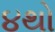
૪થો